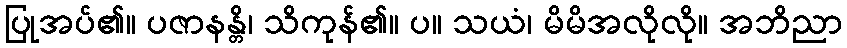
ပြုအပ်၏။ ပဇာနန္တိ၊ သိကုန်၏။ ပ။ သယံ၊ မိမိအလိုလို။ အဘိညာ